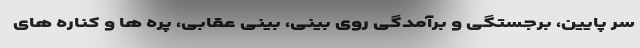
سر پایین، برجستگی و برآمدگی روی بینی، بینی عقابی، پره ها و کناره های